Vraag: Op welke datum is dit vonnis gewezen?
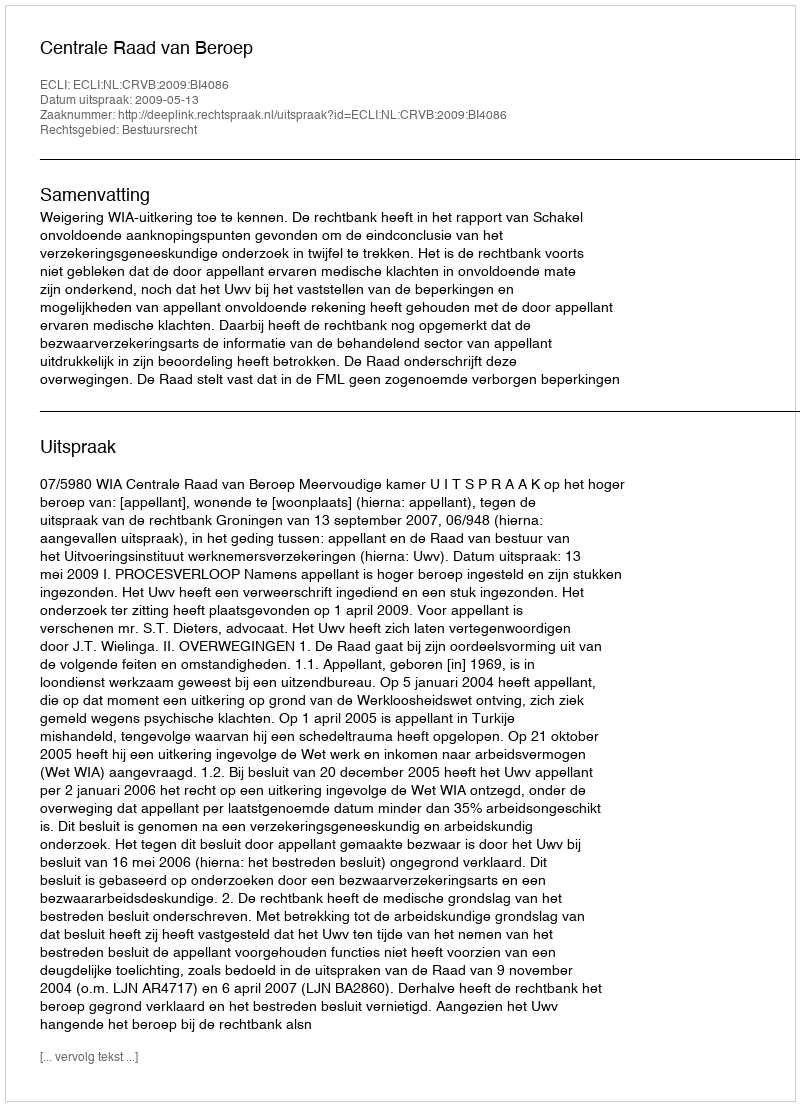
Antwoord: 2009-05-13